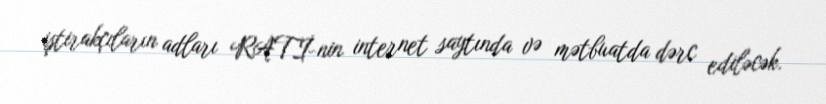
iştirakçıların adları RATİ-nin internet saytında və mətbuatda dərc ediləcək.